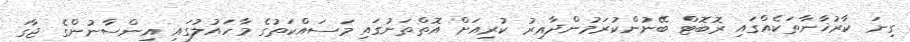
ގިނަ ކާރުޚާނާތަކެއްގައި ރޮބޮޓް ބޭނުންކުރަމުންދާއިރު ކުރިއަށް އޮތްތަނުގައި މަސައްކަތުގެ މާހައުލުގައި އިންސާނުންގެ ޖާގަ